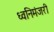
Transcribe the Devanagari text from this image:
ध्वनिमंजरी